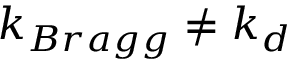
k _ { B r a g g } \neq k _ { d }